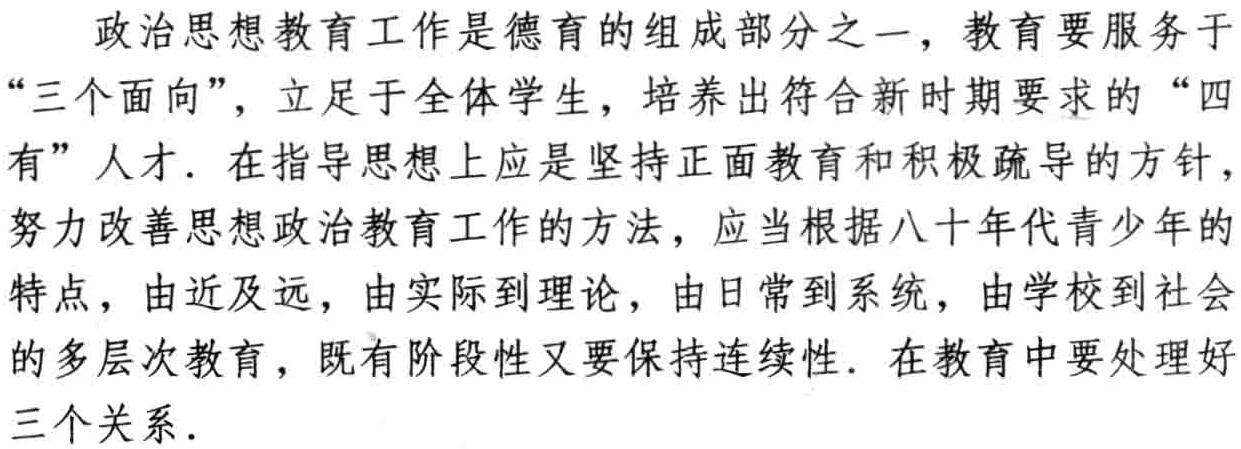
政治思想教育工作是德育的组成部分之一，教育要服务于“三个面向”，立足于全体学生，培养出符合新时期要求的“四有”人才．在指导思想上应是坚持正面教育和积极疏导的方针，努力改善思想政治教育工作的方法，应当根据八十年代青少年的特点，由近及远，由实际到理论，由日常到系统，由学校到社会的多层次教育，既有阶段性又要保持连续性．在教育中要处理好三个关系．